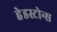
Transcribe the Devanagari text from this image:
हेडस्टोन्स